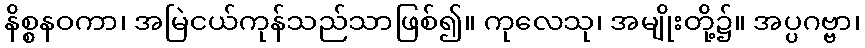
နိစ္စနဝကာ၊ အမြဲငယ်ကုန်သည်သာဖြစ်၍။ ကုလေသု၊ အမျိုးတို့၌။ အပ္ပဂဗ္ဗာ၊